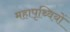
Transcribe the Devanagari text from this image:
महापृथ्वियों